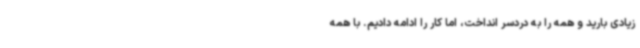
زیادی بارید و همه را به دردسر انداخت، اما کار را ادامه دادیم. با همه